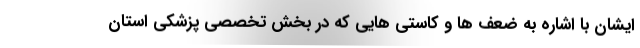
ایشان با اشاره به ضعف ها و کاستی هایی که در بخش تخصصی پزشکی استان